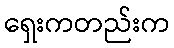
ရှေးကတည်းက